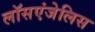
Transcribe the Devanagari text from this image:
लॉसएंजेलिस